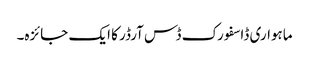
ماہواری ڈاسفورک ڈس آرڈر کا ایک جائزہ۔